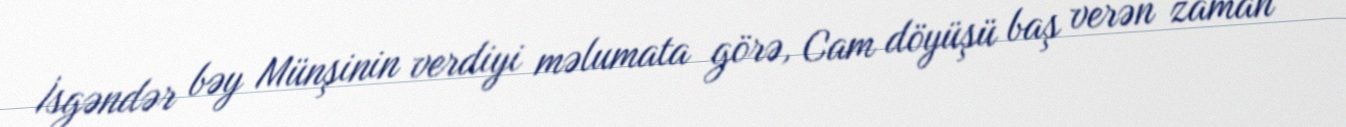
İsgəndər bəy Münşinin verdiyi məlumata görə, Cam döyüşü baş verən zaman